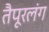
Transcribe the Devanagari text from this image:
तैपूरलंग